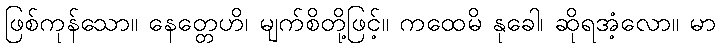
ဖြစ်ကုန်သော။ နေတ္တေဟိ၊ မျက်စိတို့ဖြင့်။ ကထေမိ နုခေါ၊ ဆိုရအံ့လော။ မာ